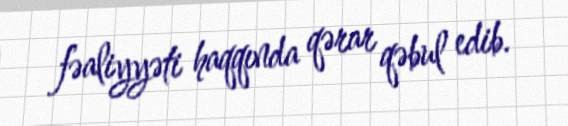
fəaliyyəti haqqında qərar qəbul edib.